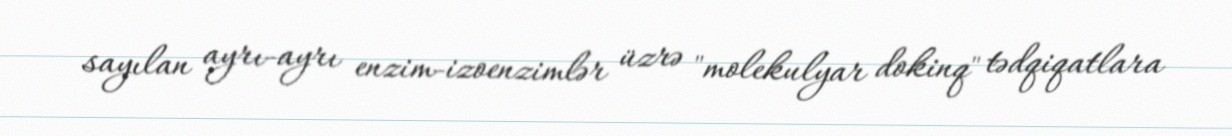
sayılan ayrı-ayrı enzim-izoenzimlər üzrə "molekulyar dokinq" tədqiqatlara